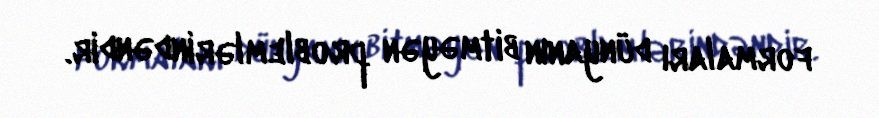
formaları dünyanın bitməyən problemlərindəndir.